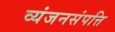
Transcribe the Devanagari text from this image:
व्यंजनसंपत्ति